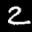
Label: 2